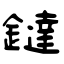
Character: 鐽